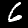
Digit: 6